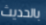
بالحديث